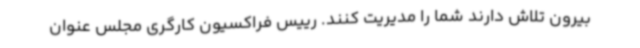
بیرون تلاش دارند شما را مدیریت کنند. رییس فراکسیون کارگری مجلس عنوان